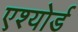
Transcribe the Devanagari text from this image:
एश्योर्ड